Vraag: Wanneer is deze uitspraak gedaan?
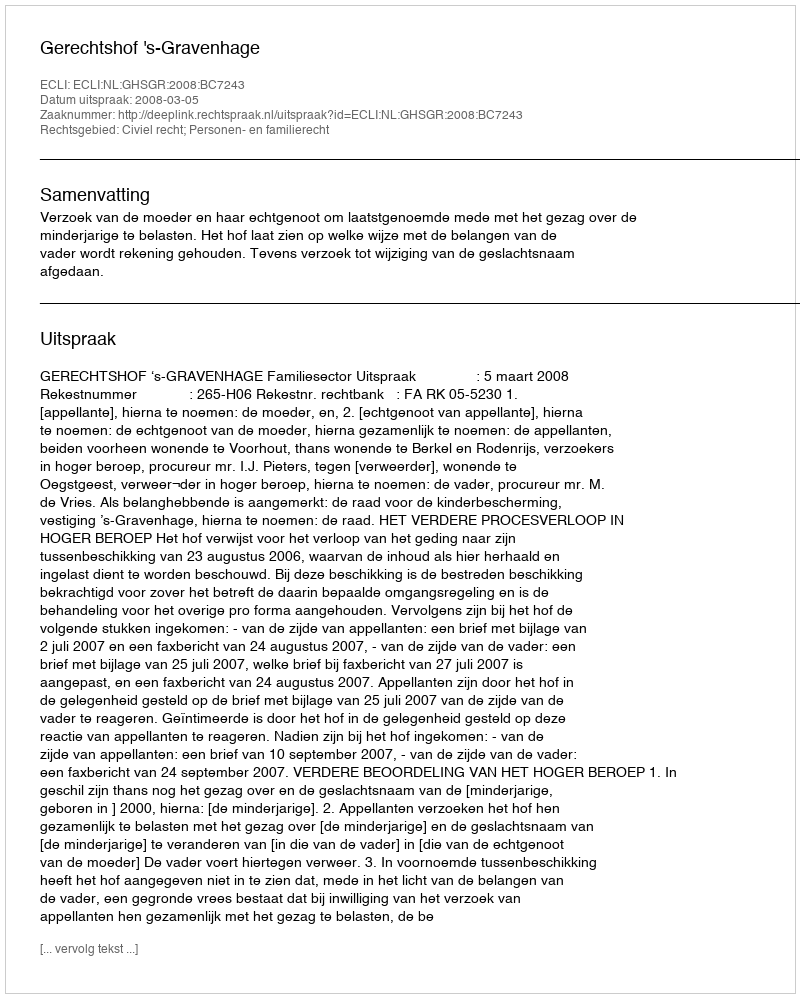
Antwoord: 2008-03-05